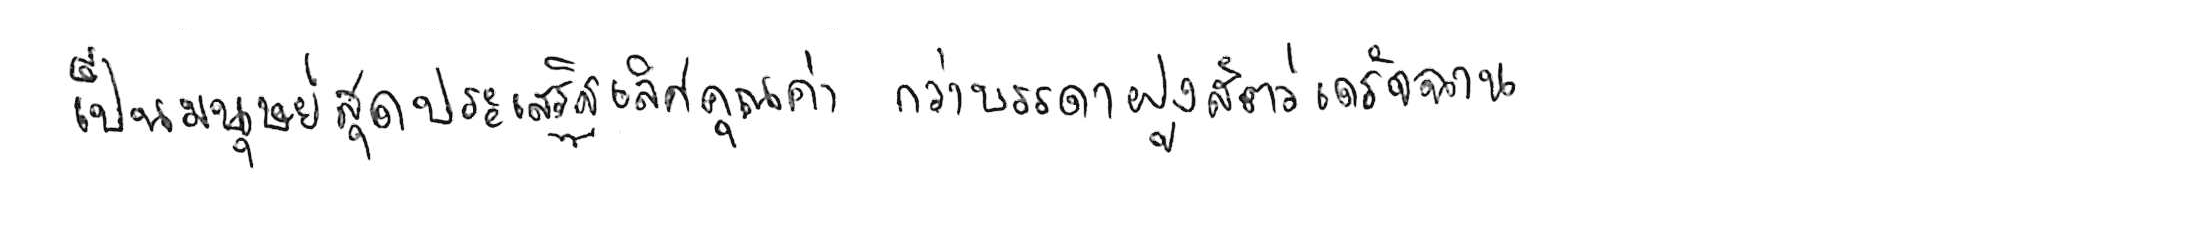
เป็นมนุษย์สุดประเสริฐเลิศคุณค่า กว่าบรรดาฝูงสัตว์เดรัจฉาน